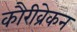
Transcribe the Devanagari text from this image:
कौरीव्रेकन